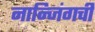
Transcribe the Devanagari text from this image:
नान्जिंगची